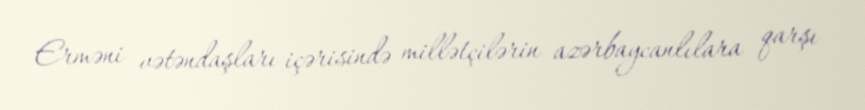
Erməni vətəndaşları içərisində millətçilərin azərbaycanlılara qarşı